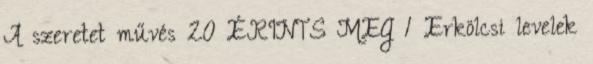
A szeretet művés 20 ÉRINTS MEG 1 Erkölcsi levelek